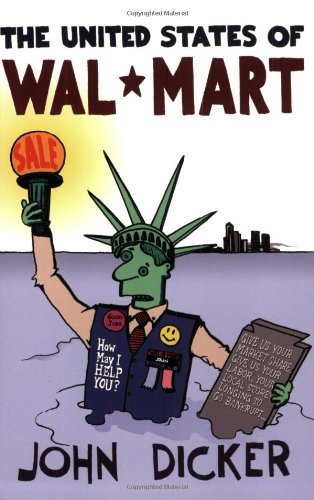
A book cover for The United States of Wal-Mart; John Dicker; Business & Money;